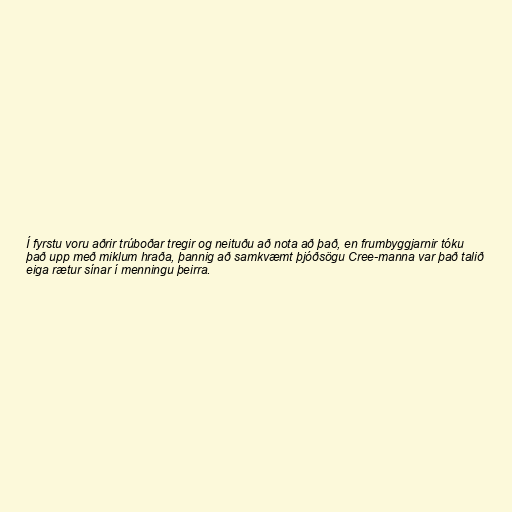
Í fyrstu voru aðrir trúboðar tregir og neituðu að nota að það, en frumbyggjarnir tóku
það upp með miklum hraða, þannig að samkvæmt þjóðsögu Cree-manna var það talið
eiga rætur sínar í menningu þeirra.